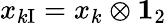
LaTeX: x_{k\mathrm{I}}=x_{k}\otimes{\mathbf 1}_{2}